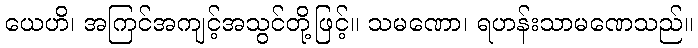
ယေဟိ၊ အကြင်အကျင့်အသွင်တို့ဖြင့်။ သမဏော၊ ရဟန်းသာမဏေသည်။